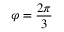
\varphi = \frac { 2 \pi } { 3 }